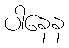
ပါနေန